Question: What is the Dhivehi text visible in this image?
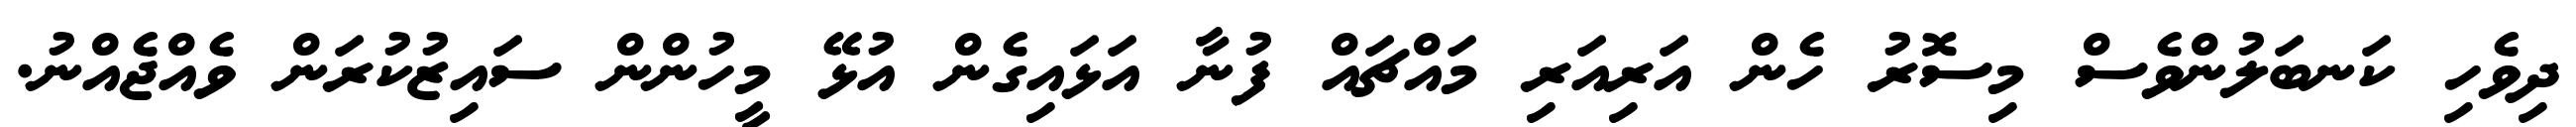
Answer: ދިވެހި ކަނބަލުންވެސް މިސޮރު ހެން އަރިއަރި މައްޗައް ފުނާ އަޅައިގެން އުޅޭ މީހުންން ސައިޒުކުރަން ވެއްޖެއްނު.